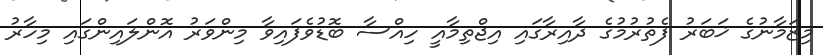
މިޒަމާނުގެ ޚަބަރު ފެތުރުމުގެ ދާއިރާގައި އިޖްތިމާއީ ހިއްސާ ބޮޑުވެފައިވާ މިންވަރު އޮންލައިންގައި މިހާރު